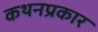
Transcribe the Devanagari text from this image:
कथनप्रकार